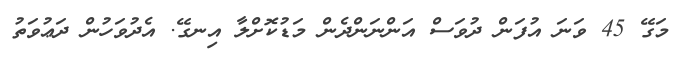
މަގޭ 45 ވަނަ އުފަން ދުވަސް އަންނަންދެން މަޑުކޮށްލާ އިނގޭ. އެދުވަހުން ދަޢުވަތު